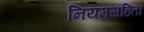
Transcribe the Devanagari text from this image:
नियमसंहिता